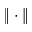
\| \cdot \|